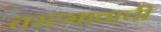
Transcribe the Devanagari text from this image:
तरटगावाची